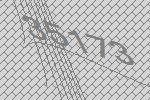
35173